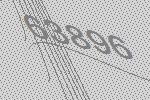
63896